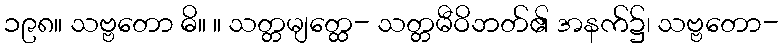
၁၉၈။ သဗ္ဗတော ဓိ။ ။ သတ္တမျတ္ထေ- သတ္တမီဝိဘတ်၏ အနက်၌၊ သဗ္ဗတော-